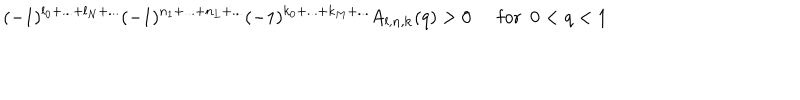
LaTeX: ( - 1 ) ^ { l _ { 0 } + . . . + l _ { N } + . . . } ( - 1 ) ^ { n _ { 1 } + . . . + n _ { L } + . . . } ( - 1 ) ^ { k _ { 0 } + . . . + k _ { M } + . . . } A _ { { \bf l } , { \bf n } , { \bf k } } ( q ) > 0 \, ~ ~ \mathrm { f o r } ~ ~ 0 < q < 1